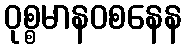
ဝုစ္စမာနဝစနေန